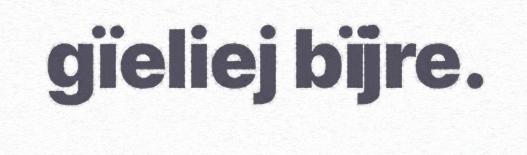
gïeliej bïjre.